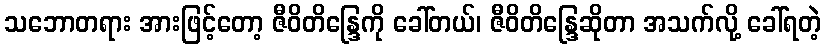
သဘောတရား အားဖြင့်တော့ ဇီဝိတိန္ဒြေကို ခေါ်တယ်၊ ဇီဝိတိန္ဒြေဆိုတာ အသက်လို့ ခေါ်ရတဲ့